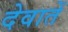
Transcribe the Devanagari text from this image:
देवातें